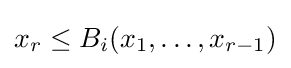
x_{r}\leq B_{i}(x_{1},\dots ,x_{r-1})